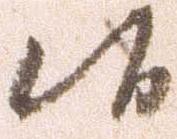
候